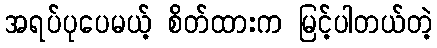
အရပ်ပုပေမယ့် စိတ်ထားက မြင့်ပါတယ်တဲ့